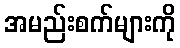
အမည်းစက်များကို